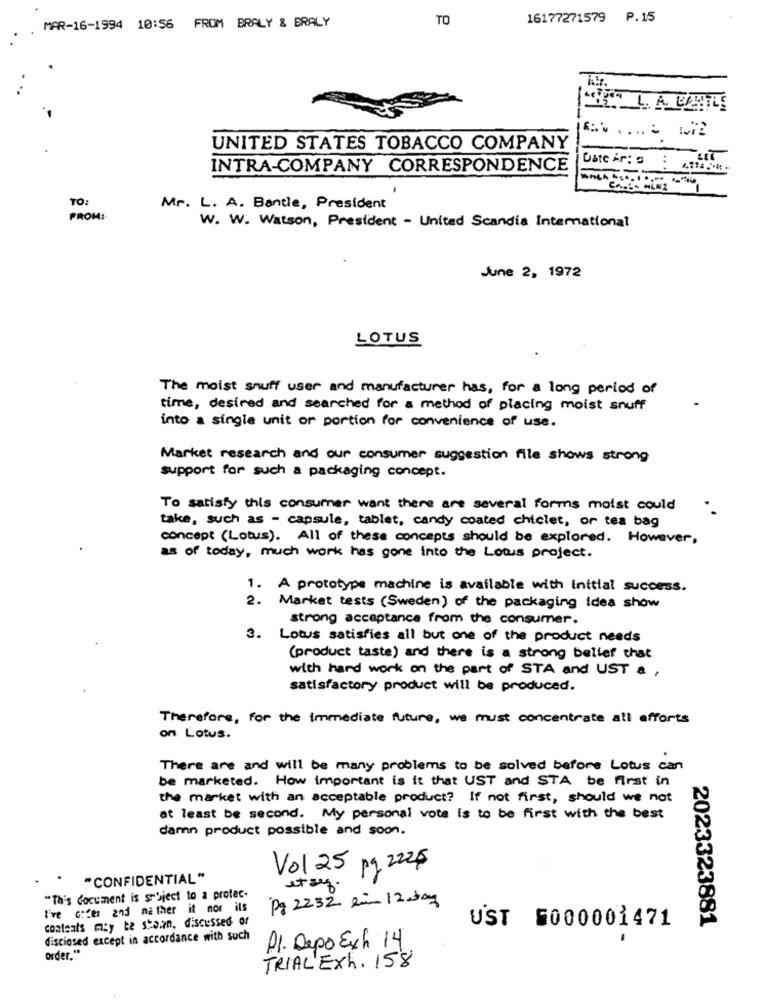
TO
16177271579 P.15
MAR-16-1994 10:56 FROM BRALY & BRALY
UNITED STATES TOBACCO COMPANY
INTRA-COMPANY CORRESPONDENCE
TO:
Mr. L. A. Bantle, President
FROM :-
W. W. Watson, President - United Scandia International
June 2, 1972
LOTUS
The moist snuff user and manufacturer has, for a long period of
time, desired and searched for a method of placing moist snuff
into a single unit or portion for convenience of use.
Market research and our consumer suggestion file shows strong
support for such a packaging concept.
To satisfy this consumer want there are several forms moist could
take, such as - capsule, tablet, candy coated chiclet, or tea bag
concept (Lotus). All of these concepts should be explored. However,
as of today, much work has gone into the Lotus project.
1. A prototype machine is available with Initial success.
2. Market tests (Sweden) of the packaging idea show
strong acceptance from the consumer.
3. Lotus satisfies all but one of the product needs
(product taste) and there is a strong belief that
with hard work on the part of STA and UST a ,
satisfactory product will be produced.
Therefore, for the immediate future, we must concentrate all efforts
on Lotus.
There are and will be many problems to be solved before Lotus can
be marketed. How important is it that UST and STA be first in
the market with an acceptable product? If not first, should we not
at least be second. My personal vote is to be first with the best
damn product possible and soon.
Vol 25 pg 2225
. "CONFIDENTIAL"
et sef.
"This document is subject to a protec.
Pg 2252 ein 12day
I've cider and me ther it nor its
conteats mcy te staan, discussed or
UST 5000001471
2023323881
disciosed except in accordance with such
Pl. Depo Exh 14
order."
TRIAL'EXh. 158